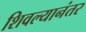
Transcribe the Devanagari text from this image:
शिवल्यानंतर